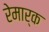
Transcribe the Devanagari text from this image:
रेमार्क